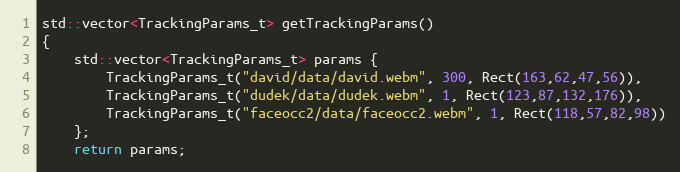
Language: C++
std::vector<TrackingParams_t> getTrackingParams()
{
    std::vector<TrackingParams_t> params {
        TrackingParams_t("david/data/david.webm", 300, Rect(163,62,47,56)),
        TrackingParams_t("dudek/data/dudek.webm", 1, Rect(123,87,132,176)),
        TrackingParams_t("faceocc2/data/faceocc2.webm", 1, Rect(118,57,82,98))
    };
    return params;